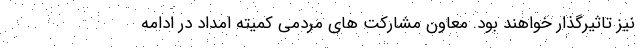
نیز تاثیرگذار خواهند بود. معاون مشارکت های مردمی کمیته امداد در ادامه